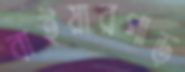
বাইয়ারপাড়